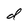
Character: d